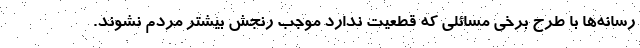
رسانه‌ها با طرح برخی مسائلی که قطعیت ندارد موجب رنجش بیشتر مردم نشوند.